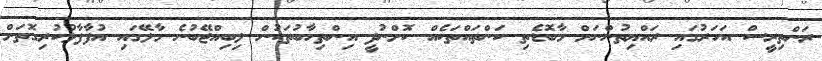
ރަންތިރީސް އަހަރުގައި ރައްޔިތުންނަށް މާބޮޑެތި ކަންތައްތަކެއް ކޮށްނުދީ އިންތިހާބުތަކުން ލިބިއްޖޭބުނެ މާލޭގައި އުފާފާޅުކުރިގޮތަށް